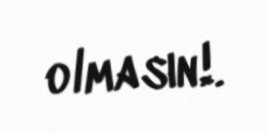
olmasın!.